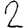
Digit: 2